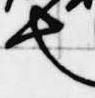
也